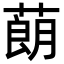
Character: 蓢